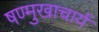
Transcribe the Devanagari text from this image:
षण्मुखाचार्य